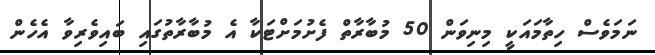
ނަމަވެސް ހިތާމައަކީ މިނިވަން 50 މުބާރާތް ފެށުމަށްޓަކާ އެ މުބާރާތުގައި ބައިވެރިވާ އެހެން